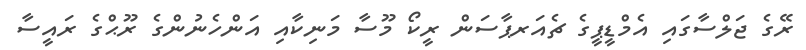
ރޭގެ ޖަލްސާގައި އެމްޑީޕީގެ ޗެއަރޕާސަން ރީކޯ މޫސާ މަނިކާއި އަންހެނުންގެ ރޫޙްގެ ރައީސާ